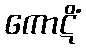
ကောဋိံ